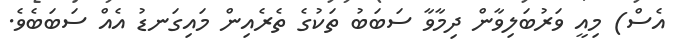
އެސް) މިއީ ވަރުބަލިވާން ދިމާވާ ސަބަބު ތަކުގެ ތެރެއިން މައިގަނޑު އެއް ސަބަބެވެ.